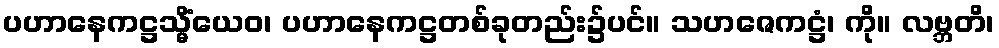
ပဟာနေကဋ္ဌသ္မိံယေဝ၊ ပဟာနေကဋ္ဌတစ်ခုတည်း၌ပင်။ သဟဇေကဋ္ဌံ၊ ကို။ လဗ္ဘတိ၊